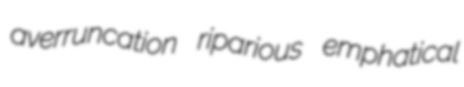
averruncation riparious emphatical